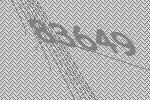
83649